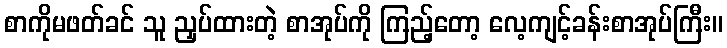
စာကိုမဖတ်ခင် သူ ညှပ်ထားတဲ့ စာအုပ်ကို ကြည့်တော့ လေ့ကျင့်ခန်းစာအုပ်ကြီး။